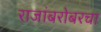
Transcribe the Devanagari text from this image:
राजांबरोबरचा